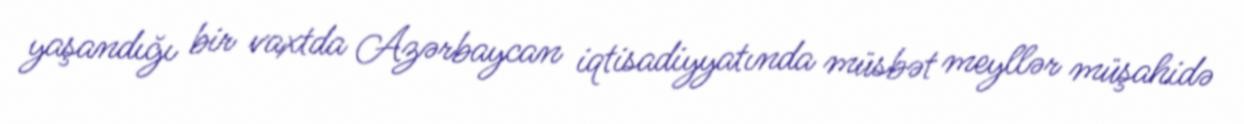
yaşandığı bir vaxtda Azərbaycan iqtisadiyyatında müsbət meyllər müşahidə